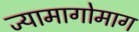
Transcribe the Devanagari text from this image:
ज्यामागोमाग